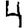
Digit: 4